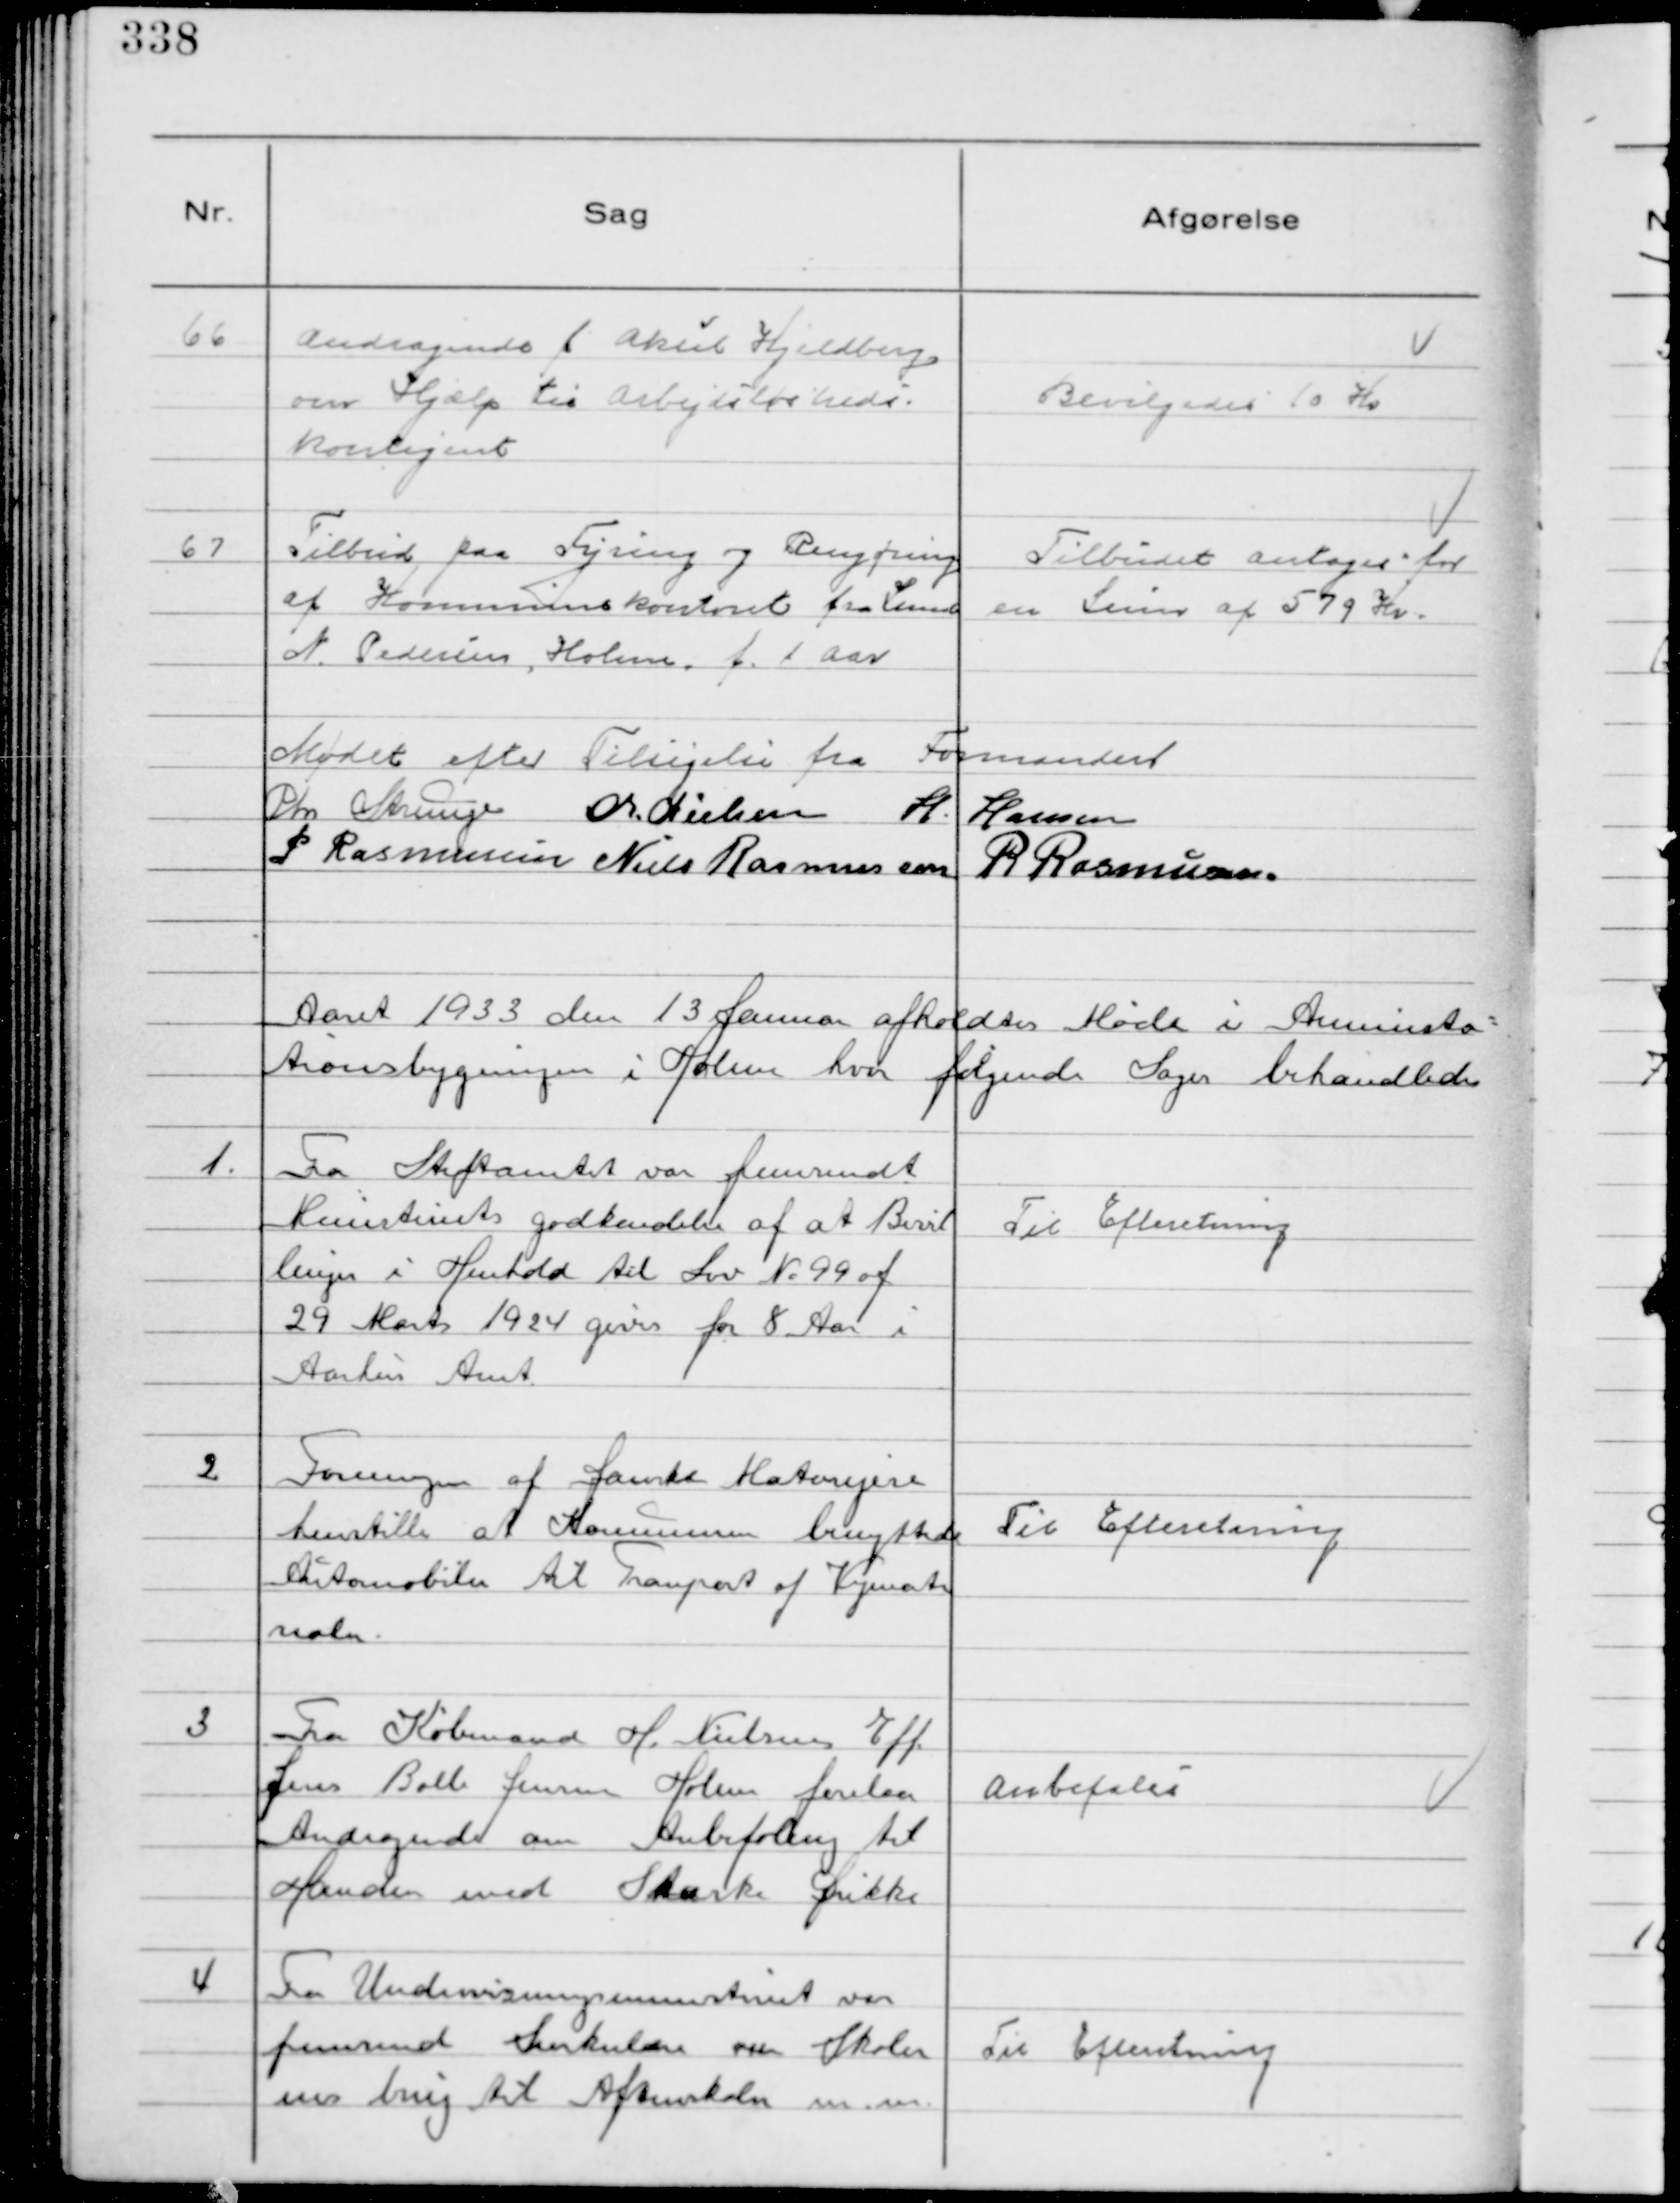
Transskription:
66
Andragende f Aksel Kjeldberg
om Hjælp til Arbejdsløsheds-
kontigent

Bevilgedes 10 Kr

67
Tilbud paa Fyring og Rengøring
af Kommunekontoret fra Smed
N. Pedersen, Holme f. 1 Aar

Tilbudet antages for
en Sum af 579 Kr.

Mødet efter Tilsigelse fra Formanden
Chr Strunge Chr. Nielsen H. Hansen
P Rasmussen Niels Rasmussen R Rasmussen

Aaret 1933 den 13 Januar afholdtes Møde i Aminista-
tionsbygningen i Holme hvor følgende Sager behandledes

1.
Fra Stiftamtet var fremsendt
Ministeriets godkendelse af at Bevil
lingen i Henhold til Lov № 99 af
29 Marts 1924 gives for 8 Aar i
Aarhus Amt

Til Efteretning

2
Foreningen af Danske Motorejere
henstille at Kommunen benyttede
Automobiler til Transport af Vejmate
rialer.

Til Efteretning

3
Fra Købmand H. Nielsens Eff.
Jens Boll Jensen Holme forelaa
Andragende om Anbefaling til
Handen med Stærke Drikke

Anbefales

4
Fra Undervisningsministeriet var
fremsend Sirkulære om Skoler
nes brug til Aftenskole m.m.

Til Efteretning